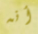
أنه